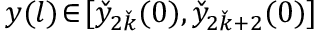
y ( l ) \! \in \! [ \check { y } _ { 2 \check { k } } ( 0 ) , \check { y } _ { 2 \check { k } + 2 } ( 0 ) ]